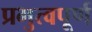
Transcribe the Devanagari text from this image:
प्रभुत्वपूर्ण